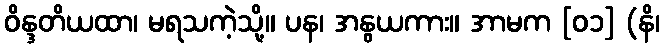
ဝိန္ဒတိယထာ၊ မရသကဲ့သို့။ ပန၊ အနွယကား။ အာမက [၀၁] (နိ၊